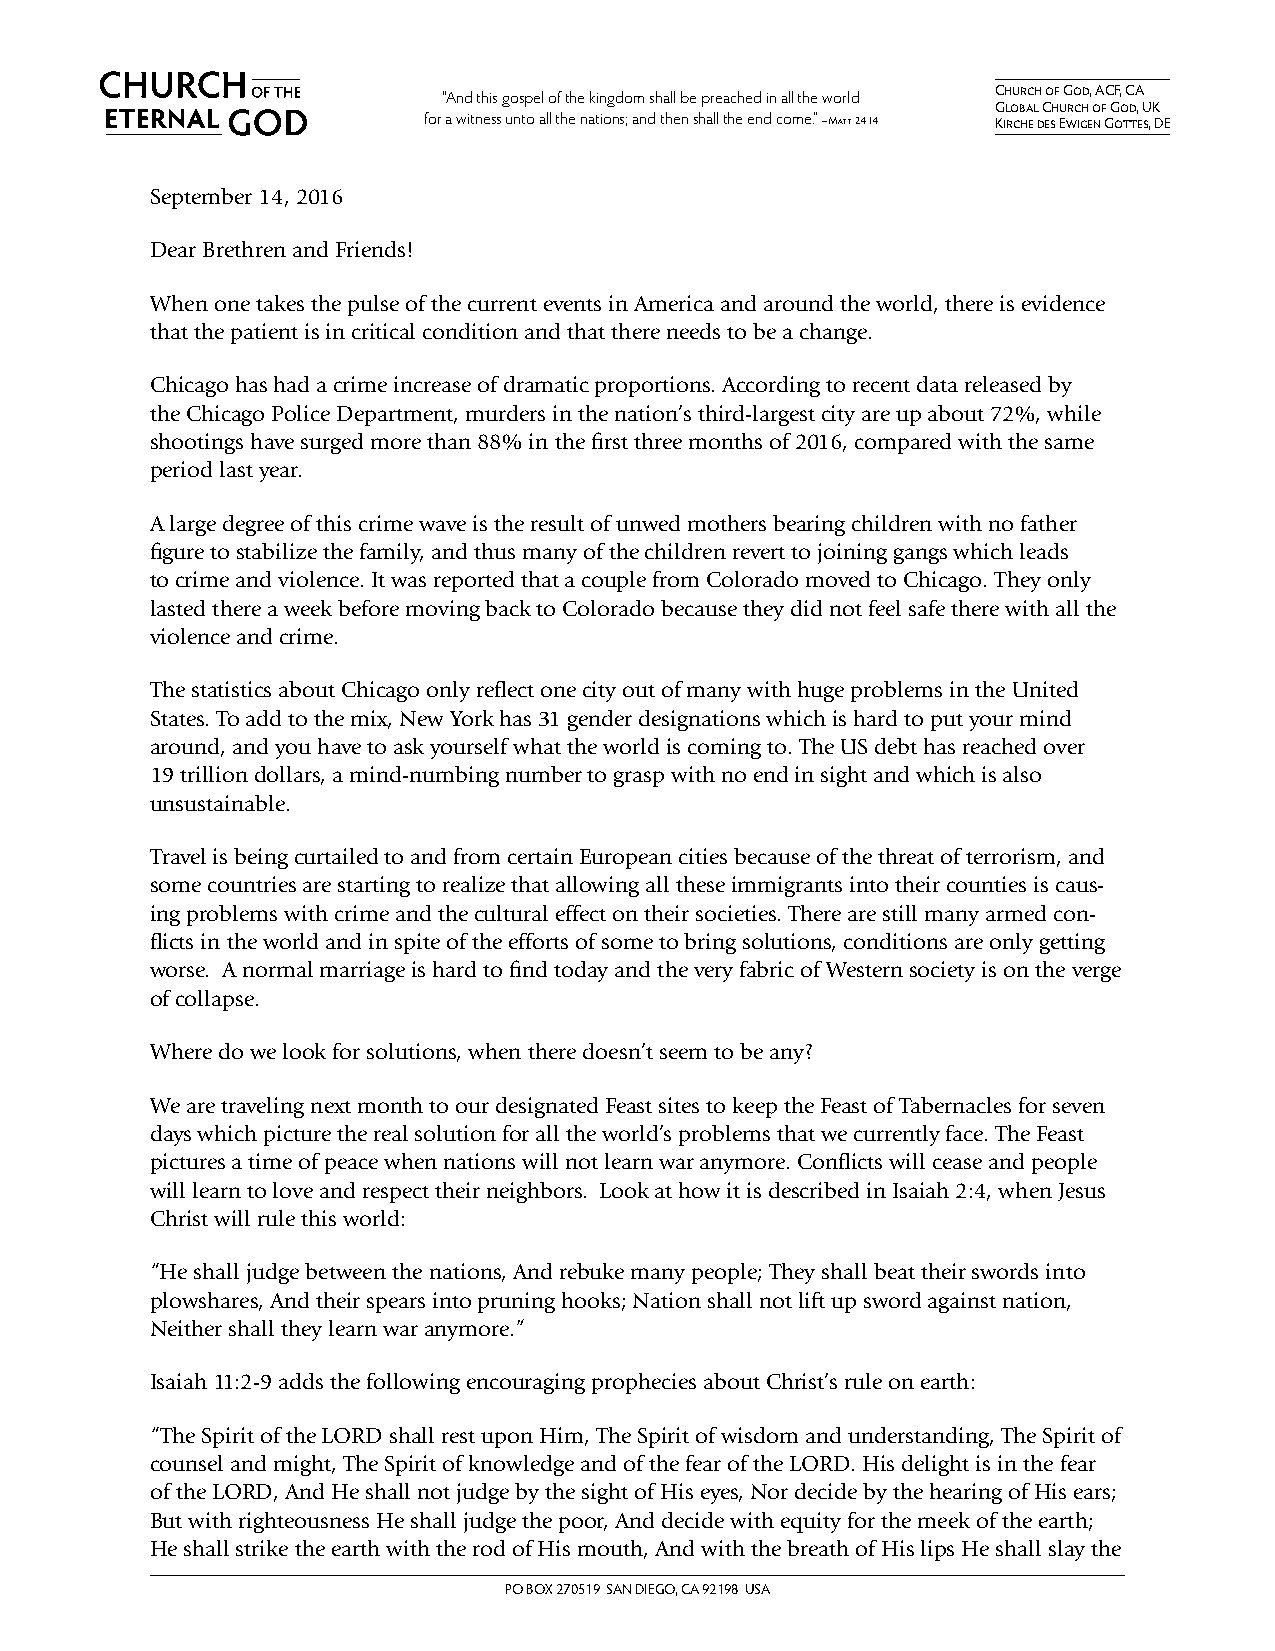
Church of God, ACF, CA
 “And this gospel of the kingdom shall be preached in all the world
 Global Church of God, UK
 for a witness unto all the nations; and then shall the end come.” – Matt. 24:14 Kirche des Ewigen Gottes, DE
 September 14, 2016
 Dear Brethren and Friends!
 When one takes the pulse of the current events in America and around the world, there is evidence
 that the patient is in critical condition and that there needs to be a change.
 Chicago has had a crime increase of dramatic proportions. According to recent data released by
 the Chicago Police Department, murders in the nation’s third-largest city are up about 72%, while
 shootings have surged more than 88% in the first three months of 2016, compared with the same
 period last year.
 A large degree of this crime wave is the result of unwed mothers bearing children with no father
 figure to stabilize the family, and thus many of the children revert to joining gangs which leads
 to crime and violence. It was reported that a couple from Colorado moved to Chicago. They only
 lasted there a week before moving back to Colorado because they did not feel safe there with all the
 violence and crime.
 The statistics about Chicago only reflect one city out of many with huge problems in the United
 States. To add to the mix, New York has 31 gender designations which is hard to put your mind
 around, and you have to ask yourself what the world is coming to. The US debt has reached over
 19 trillion dollars, a mind-numbing number to grasp with no end in sight and which is also
 unsustainable.
 Travel is being curtailed to and from certain European cities because of the threat of terrorism, and
 some countries are starting to realize that allowing all these immigrants into their counties is caus-
 ing problems with crime and the cultural effect on their societies. There are still many armed con-
 flicts in the world and in spite of the efforts of some to bring solutions, conditions are only getting
 worse. A normal marriage is hard to find today and the very fabric of Western society is on the verge
 of collapse.
 Where do we look for solutions, when there doesn’t seem to be any?
 We are traveling next month to our designated Feast sites to keep the Feast of Tabernacles for seven
 days which picture the real solution for all the world’s problems that we currently face. The Feast
 pictures a time of peace when nations will not learn war anymore. Conflicts will cease and people
 will learn to love and respect their neighbors. Look at how it is described in Isaiah 2:4, when Jesus
 Christ will rule this world:
 “He shall judge between the nations, And rebuke many people; They shall beat their swords into
 plowshares, And their spears into pruning hooks; Nation shall not lift up sword against nation,
 Neither shall they learn war anymore.”
 Isaiah 11:2-9 adds the following encouraging prophecies about Christ’s rule on earth:
 “The Spirit of the LORD shall rest upon Him, The Spirit of wisdom and understanding, The Spirit of
 counsel and might, The Spirit of knowledge and of the fear of the LORD. His delight is in the fear
 of the LORD, And He shall not judge by the sight of His eyes, Nor decide by the hearing of His ears;
 But with righteousness He shall judge the poor, And decide with equity for the meek of the earth;
 He shall strike the earth with the rod of His mouth, And with the breath of His lips He shall slay the
 PO BOX 270519 SAN DIEGO, CA 92198 USA